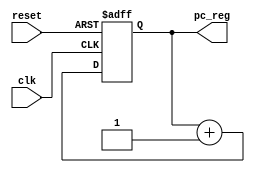
module K_ProgramCounter (
  input clk,
  input reset,
  output reg [31:0] pc_reg
);



  always @(posedge clk or posedge reset) begin
    if (reset)
      pc_reg <= 32'h0;  // Reset the program counter to zero
    else
      pc_reg <= pc_reg + 1;  // Increment the program counter by 4 (for sequential execution)
  end

  assign pc_output = pc_reg;

endmodule